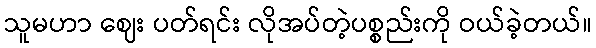
သူမဟာ ဈေး ပတ်ရင်း လိုအပ်တဲ့ပစ္စည်းကို ဝယ်ခဲ့တယ်။